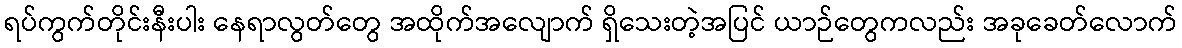
ရပ်ကွက်တိုင်းနီးပါး နေရာလွတ်တွေ အထိုက်အလျောက် ရှိသေးတဲ့အပြင် ယာဉ်တွေကလည်း အခုခေတ်လောက်